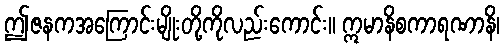
ဤဇနကအကြောင်းမျိုးတို့ကိုလည်းကောင်း။ ဣမာနိစကာရဏာနိ၊